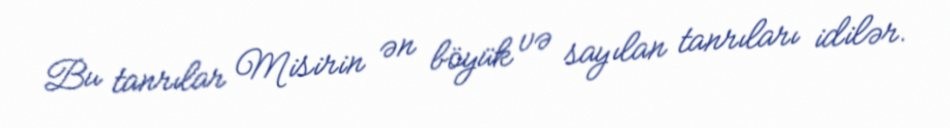
Bu tanrılar Misirin ən böyük və sayılan tanrıları idilər.